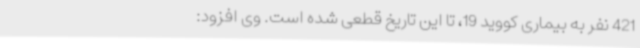
421 نفر به بیماری کووید 19، تا این تاریخ قطعی شده است. وی افزود: